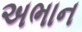
અભાન